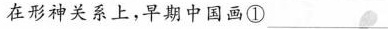
在形神关系上，早期中国画①___